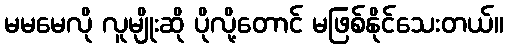
မမမေလို လူမျိုးဆို ပိုလို့တောင် မဖြစ်နိုင်သေးတယ်။